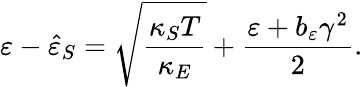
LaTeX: \varepsilon-\hat{\varepsilon}_{S}=\sqrt{\frac{\kappa_{S}T}{\kappa_{E}}}+\frac{\varepsilon+b_{\varepsilon}\gamma^{2}}{2}.